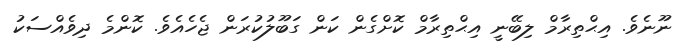
ނޫނެވެ. އިޙްތިރާމް ލިބޭނީ އިޙްތިރާމް ކޮށްގެން ކަން ގަބޫލުކުރަން ޖެހެއެވެ. ކޮންމެ ދިވެއްސަކު